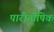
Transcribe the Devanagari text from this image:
पारीतोषिक